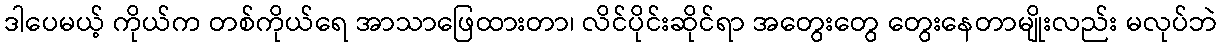
ဒါပေမယ့် ကိုယ်က တစ်ကိုယ်ရေ အာသာဖြေထားတာ၊ လိင်ပိုင်းဆိုင်ရာ အတွေးတွေ တွေးနေတာမျိုးလည်း မလုပ်ဘဲ